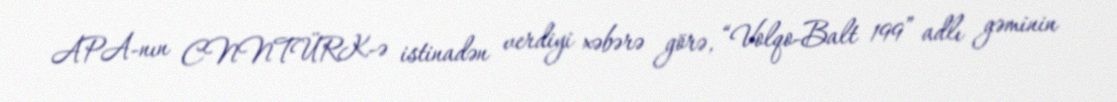
APA-nın CNNTÜRK-ə istinadən verdiyi xəbərə görə, “Volqo-Balt 199” adlı gəminin